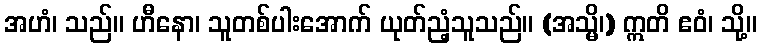
အဟံ၊ သည်။ ဟီနော၊ သူတစ်ပါးအောက် ယုတ်ညံ့သူသည်။ (အသ္မိ၊) ဣတိ ဧဝံ၊ သို့။